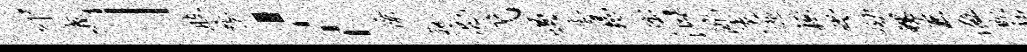
叩我」肢咎l僚觚亮弋遏麦扬孺汨洮淡逅桓缪劾螺兼溢欺永